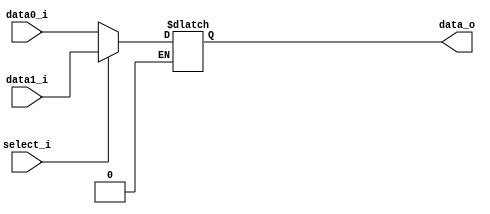
`timescale 1ns/1ps

module MUX_2to1(
    input       [32-1:0] data0_i,
    input       [32-1:0] data1_i,
    input                select_i,
    output reg  [32-1:0] data_o
);
/* Write your code HERE */
always @(*) begin
    if (select_i == 1'b1) begin
        data_o <= data1_i;
    end else if (select_i == 1'b0) begin
        data_o <= data0_i;
    end
end
endmodule